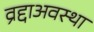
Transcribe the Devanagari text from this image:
व्रद्दाअवस्था